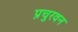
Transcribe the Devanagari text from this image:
प्रचुरवन